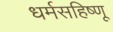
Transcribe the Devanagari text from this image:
धर्मसहिष्णू